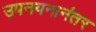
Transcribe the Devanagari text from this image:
उपनयनानंतर